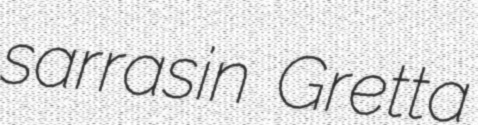
sarrasin Gretta